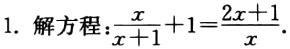
1. 解方程：$\frac{x}{x + 1}+1=\frac{2x + 1}{x}$.